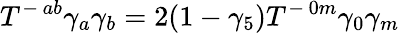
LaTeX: T^{-\, ab}\gamma_{a}\gamma_{b}=2(1-\gamma_{5})T^{-\, 0m}\gamma_{0}\gamma_{m}